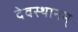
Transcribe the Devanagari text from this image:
देवस्थानम्